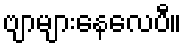
ဗျာများနေလေပီ။